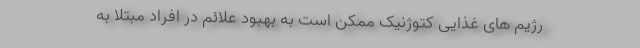
رژیم های غذایی کتوژنیک ممکن است به بهبود علائم در افراد مبتلا به